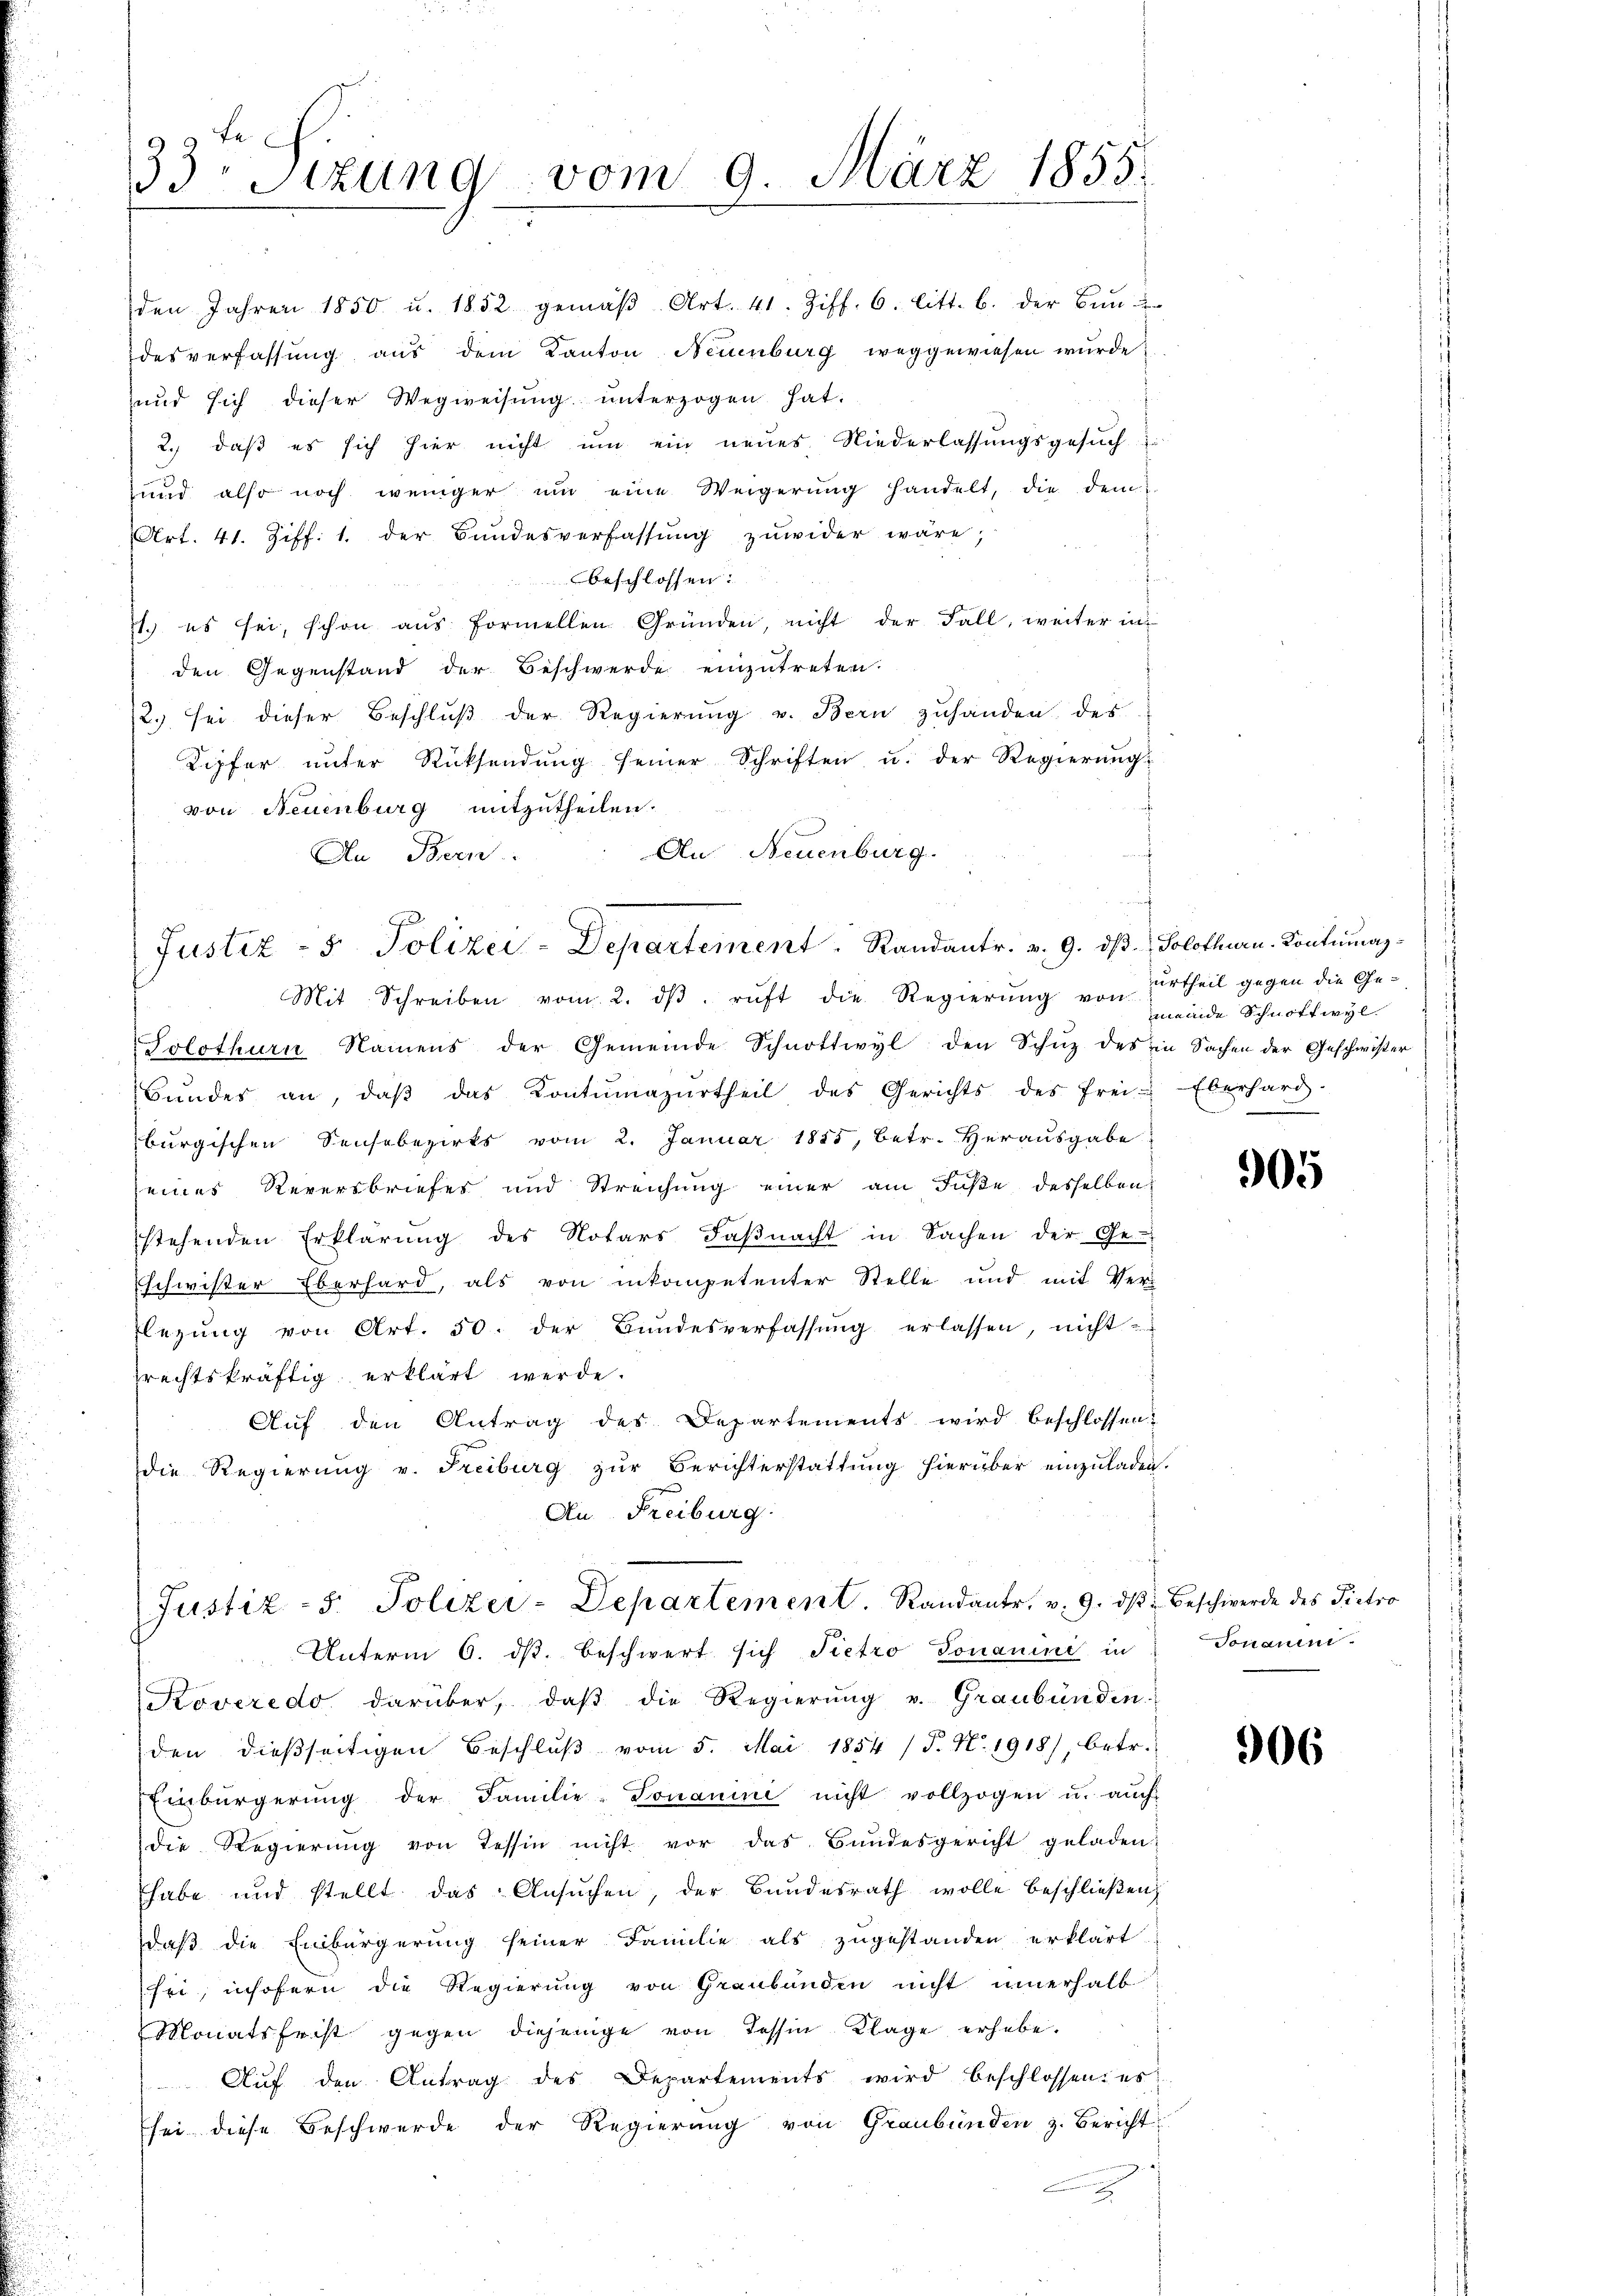
den Jahren 1850 u. 1852 gemäβ Art. 41. Ziff. 6. litt. b. der Bun-
desverfassung aus dem Kanton Neuenburg weggewiesen wurde.
und sich dieser Wegweisŭng ŭnterzogen hat.
2.) daß es sich hier nicht um ein neues Niederlassungsgesuch
und also noch weniger um eine Weigerung handelt, die dem
Art. 41. Ziff. 1. der Bundesverfassŭng zŭwider wäre,
beschlossen:
1.) es sei, schon aus formellen Gründen, nicht der Fall, weiter in
den Gegenstand der Beschwerde einzutreten.
12.) sei dieser Beschluß der Regierung u. Bern zuhanden des
Kipfer unter Rücksendung seiner Schriften u. der Regierung
von Neuenburg mitzutheilen.
An Neuenburg.
An Bern
Justiz - 5. Polizei-Departement. Randantr. v. 9. dβ. Solothurn. Kontumaz-
Mit Schreiben vom 2. dβ. ruft die Regierung von urtheil gegen die Ge¬
Solothurn Namens der Gemeinde Schnottwyl den Schŭz des in Sachen der Geschwister
Bŭndes an, daβ das Contŭmazŭrtheil des Gerichts des frei. Eberhard.
burgischen Sensabezirks vom 2. Januar 1855, betr. Herausgabe
eines Reversbriefes und Streichung einer am Fuße desselben
stehenden Erklärung des Notars Faßnacht in Sachen der Ge-
schwister Eberhard, als von inkompetenter Stelle und mit Ver-
legŭng von Art. 50. der Bŭndesverfassŭng erlassen, nicht
prechtskräftig erklärt werde.
Auf den Antrag des Departements wird beschlossen:
die Regierung v. Freiburg zur Berichterstattung hierüber einzuladen.
An Freiburg

33. Sitzung

vom 9. März 1855.

Justiz- 5. Polizei-Departement. Randantr. v. 9. dβ beschwerde des Pietro
Unterm 6. ds. beschwert sich Pietro Ponamini in

.
meinde Schnittwyl

Koveredo darüber, daβ die Regierŭng u. Graubünden.
den dießseitigen Beschlŭβ vom 5. Mai 1854 (T. N. 1918), betr.
Einbürgerŭng der Familie-Fonanini nicht vollzogen u. aŭch
die Regierung von Tessin nicht vor das Bundesgericht geladen:
habe und stellt das Ansuchen, der Bundesrath wolle beschließen,
daß die Einbürgerung seiner Familie als zugestanden erklärt.
sei, insofern die Regierung von Graubünden nicht innerhalb
Monatsfrist gegen diejenige von Tessin Klage erhebe.
Aŭf den Antrag des Departements wird beschlossen: es
sei diese Beschwerde der Regierung von Graubünden z. Bericht

905

Jonauen.

906